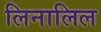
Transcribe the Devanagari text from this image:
लिनालिल